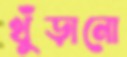
খুঁড়ানো